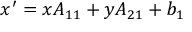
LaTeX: x ^ { \prime } = x A _ { 1 1 } + y A _ { 2 1 } + b _ { 1 }